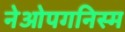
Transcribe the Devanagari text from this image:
नेओपगनिस्म